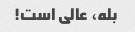
بله، عالی است!